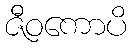
ဇီဝကောပိ